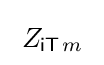
\;Z_{{\mathsf {iT}}\!\;m}\;